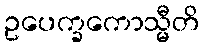
ဥပေက္ခကောသ္မီတိ